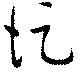
促